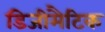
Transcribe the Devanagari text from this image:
डिजीमैटिक